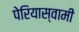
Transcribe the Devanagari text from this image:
पेरियास्वामी